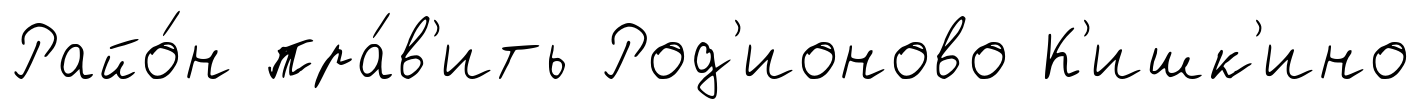
Райо́н пра́в'ить Род'ионово К'ишк'ино